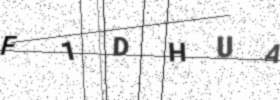
Text: F1DHUA